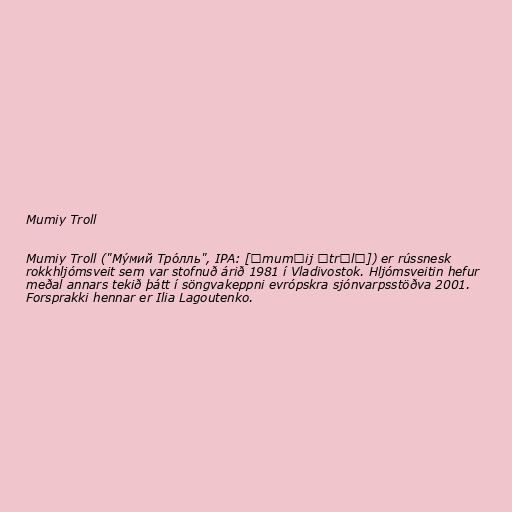
Mumiy Troll

Mumiy Troll ("Му́мий Тро́лль", IPA: [ˈmumʲij ˈtrɔlʲ]) er rússnesk
rokkhljómsveit sem var stofnuð árið 1981 í Vladivostok. Hljómsveitin hefur
meðal annars tekið þátt í söngvakeppni evrópskra sjónvarpsstöðva 2001.
Forsprakki hennar er Ilia Lagoutenko.